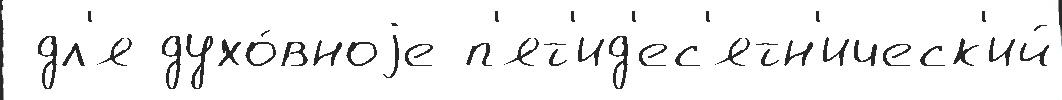
 дл'я духо́вноjе п'ят'ид'ес'ятн'ическ'ий